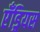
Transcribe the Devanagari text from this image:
एँड्रियस